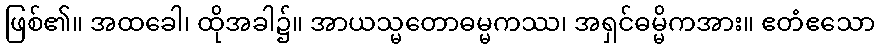
ဖြစ်၏။ အထခေါ၊ ထိုအခါ၌။ အာယသ္မတောဓမ္မကဿ၊ အရှင်ဓမ္မိကအား။ ဧတံဧသော